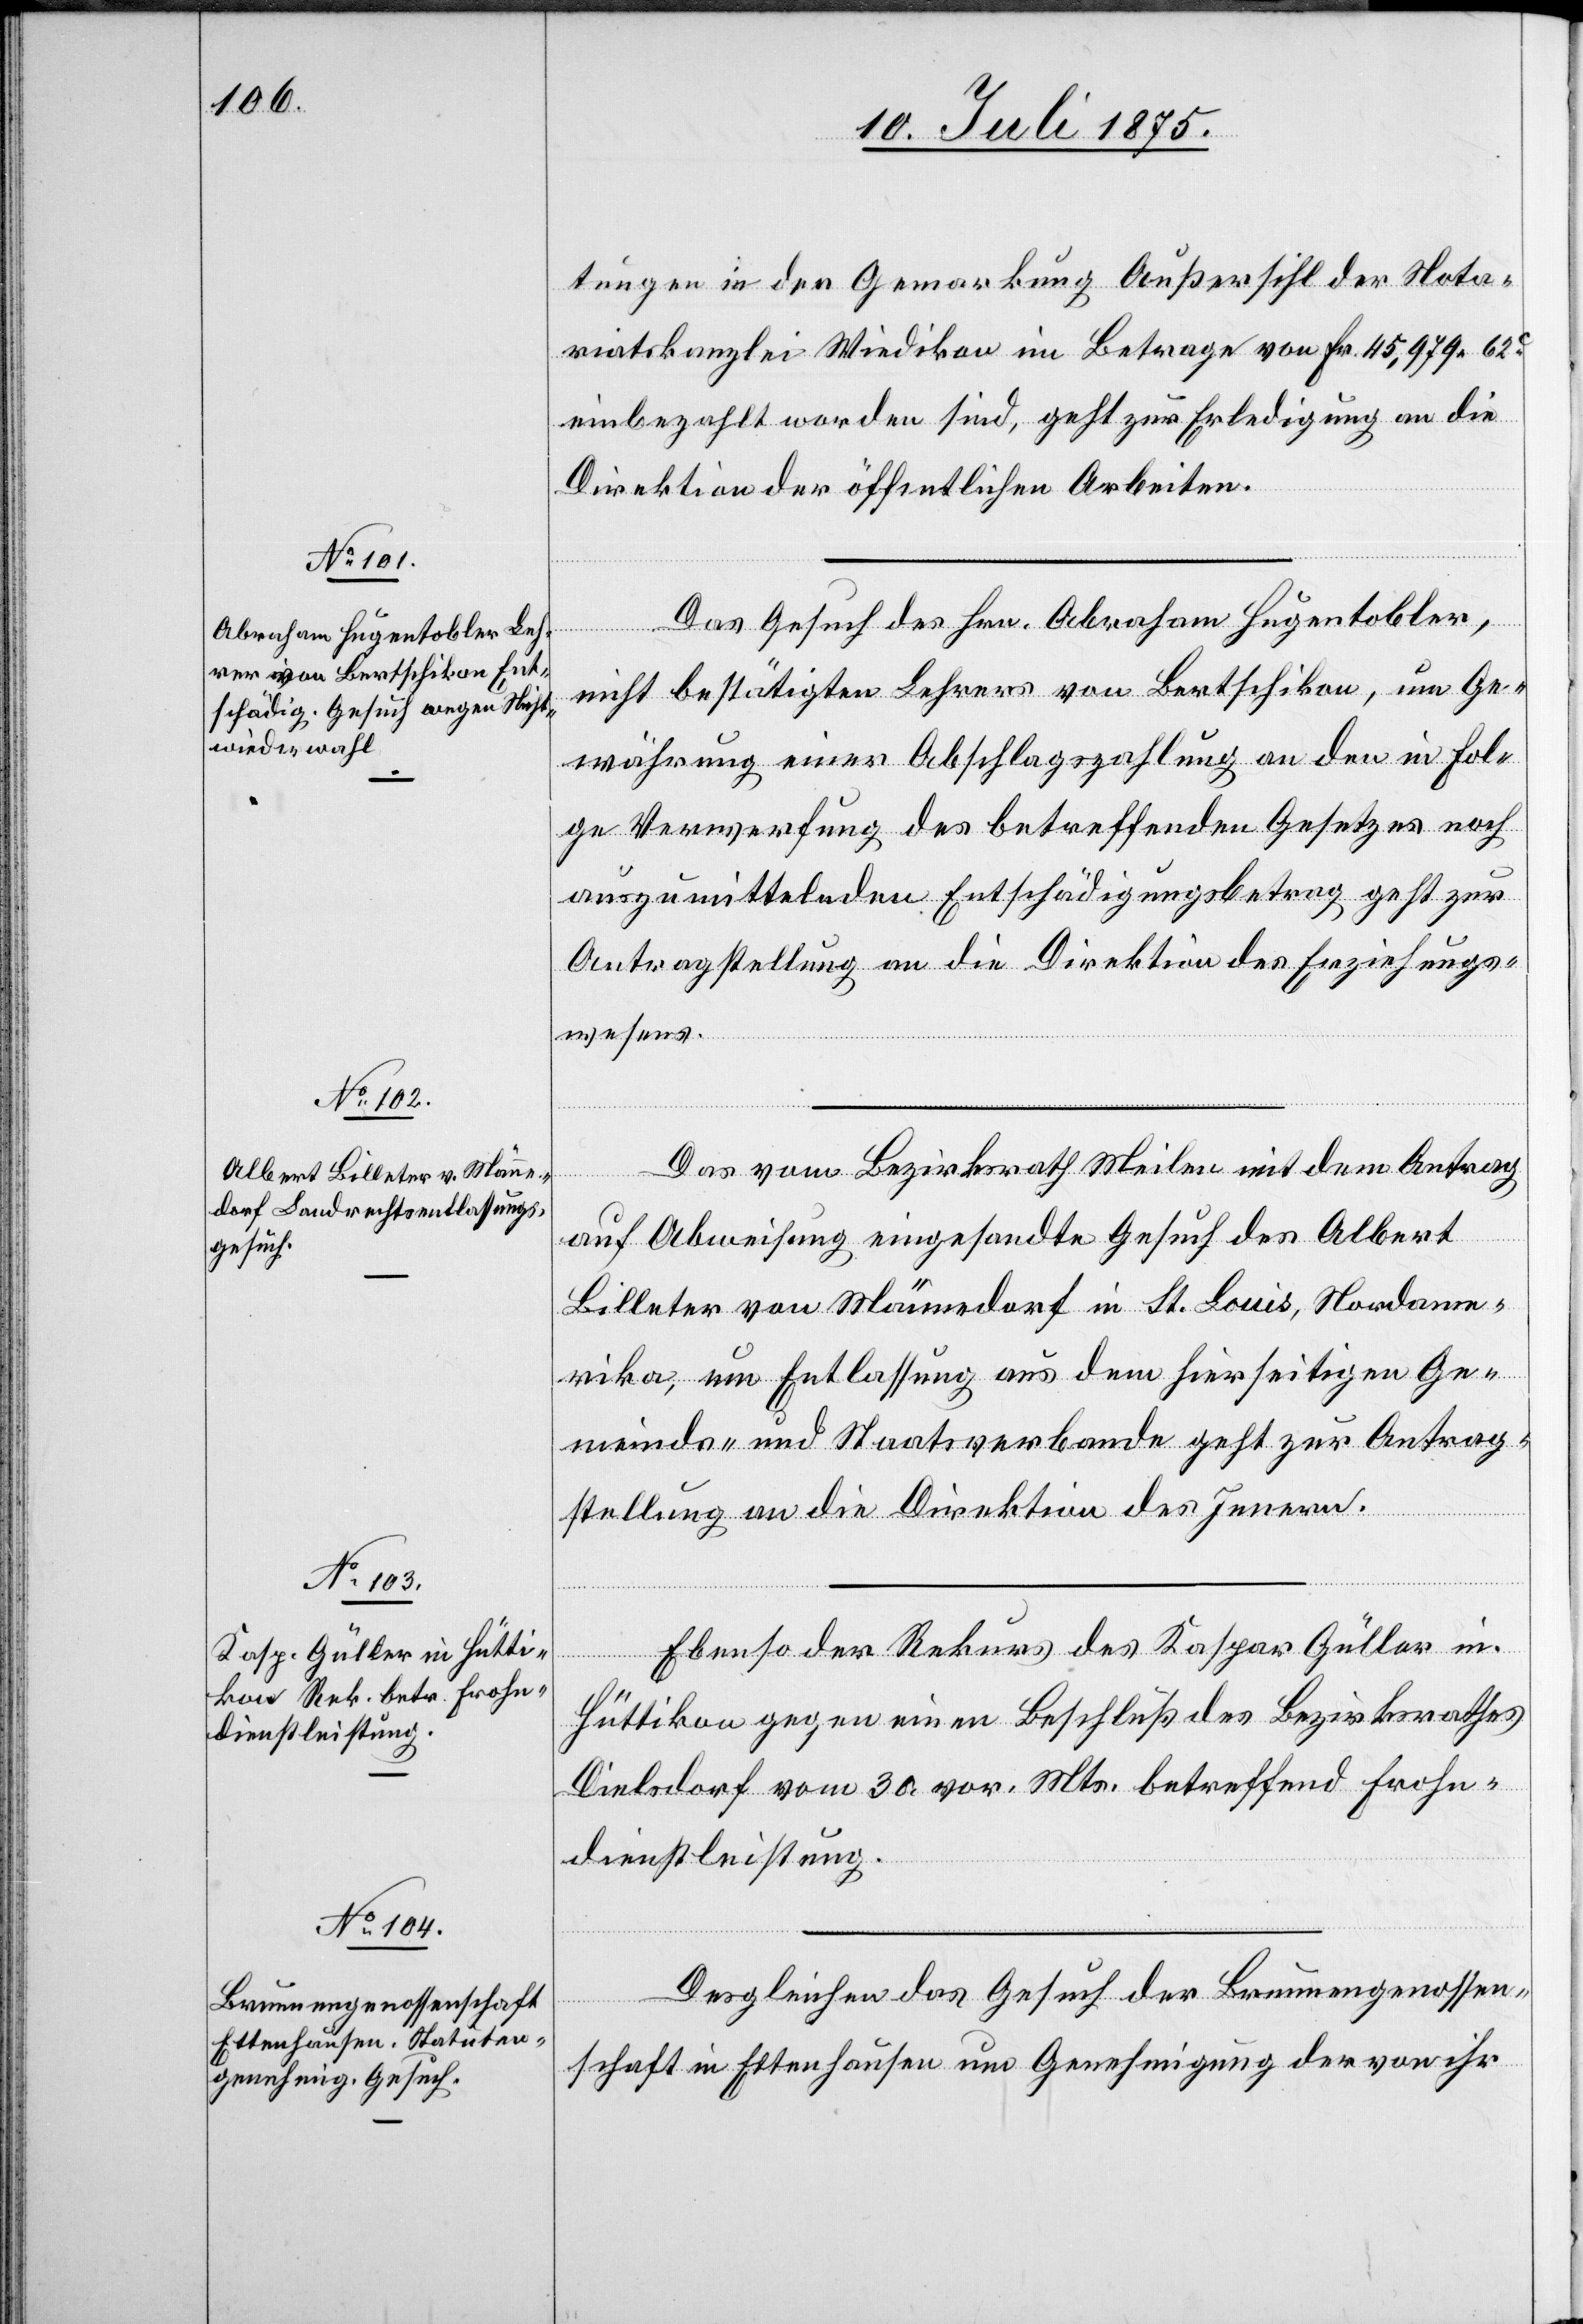
13. Juli 1875.]
tungen in der Gemarkung Außersihl der Nota¬
riatskanzlei Wiedikon im Betrage von Fr. 45,979 62c
einbezahlt worden sind, geht zur Erledigung an die
Direktion der öffentlichen Arbeiten.
Das Gesuch des Hrn. Abraham Hugentobler,
nicht bestätigten Lehrers von Bertschikon, um Ge¬
währung einer Abschlagszahlung an den in Fol¬
ge Verwerfung des betreffenden Gesetzes noch
auszumittelnden Entschädigungsbetrag geht zur
Antragstellung an die Direktion des Erziehungs¬
wesens.
Das vom Bezirksrath Meilen mit dem Antrag
auf Abweisung eingesandte Gesuch des Albert
Billeter von Männedorf in St. Louis, Nordame¬
rika, um Entlassung aus dem hierseitigen Ge¬
meinds- und Staatsverbande geht zur Antrag¬
stellung an die Direktion des Innern.
Ebenso der Rekurs des Kaspar Güller in
Hüttikon gegen einen Beschluß des Bezirksrathes
Dielsdorf vom 30. vor. Mts. betreffend Frohn¬
dienstleistung.
Desgleichen das Gesuch der Brunnengenossen¬
schaft in Ettenhausen um Genehmigung der von ihr